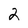
Character: 2